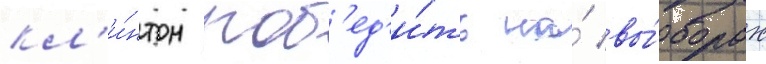
кл'и́нтон поб'ед'и́ть на́ вы́борах